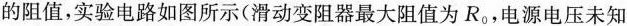
的阻值，实验电路如图所示(滑动变阻器最大阻值为R_{0}，电源电压未知